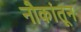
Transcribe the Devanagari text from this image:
नौकांतून